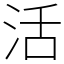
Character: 活